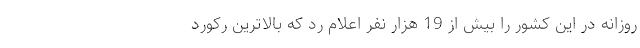
روزانه در این کشور را بیش از 19 هزار نفر اعلام رد که بالاترین رکورد